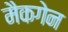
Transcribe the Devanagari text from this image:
मैकगेन